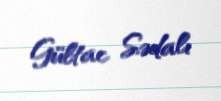
Gültac Sədalı